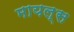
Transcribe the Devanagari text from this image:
मायल्स